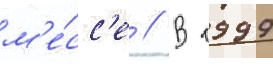
м'е́сс'е // В 1999